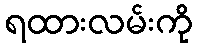
ရထားလမ်းကို